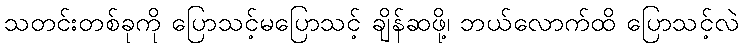
သတင်းတစ်ခုကို ပြောသင့်မပြောသင့် ချိန်ဆဖို့၊ ဘယ်လောက်ထိ ပြောသင့်လဲ